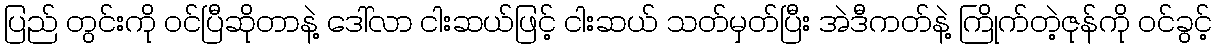
ပြည် တွင်းကို ဝင်ပြီဆိုတာနဲ့ ဒေါ်လာ ငါးဆယ်ဖြင့် ငါးဆယ် သတ်မှတ်ပြီး အဲဒီကတ်နဲ့ ကြိုက်တဲ့ဇုန်ကို ဝင်ခွင့်